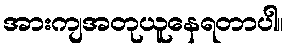
အားကျအတုယူနေရတာပါ။